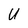
Character: U